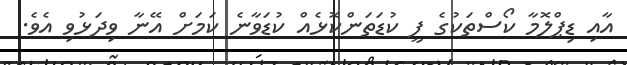
އާއި ޑިޕްލޮމާ ކޯސްތަކުގެ ފީ ކުޑަތަންކޮޅެއް ކުޑަވާނެ ކަމަށް އޭނާ ވިދަޅުވި އެވެ.